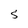
Character: S